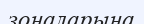
зоналарына